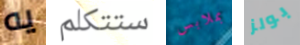
يه ستتكلم بملابس بولز